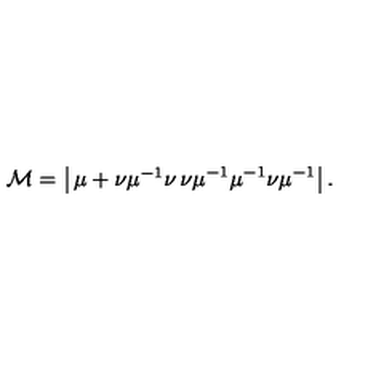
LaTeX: { \cal M } = \left| \begin{matrix} { \mu + \nu \mu ^ { - 1 } \nu } & { \nu \mu ^ { - 1 } } \\ { \mu ^ { - 1 } \nu } & { \mu ^ { - 1 } } \\ \end{matrix} \right| .